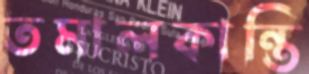
তমালকান্তি